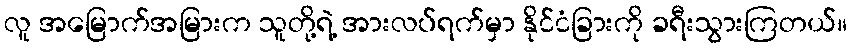
လူ အမြောက်အမြားက သူတို့ရဲ့ အားလပ်ရက်မှာ နိုင်ငံခြားကို ခရီးသွားကြတယ်။